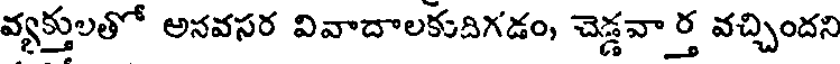
వ్యక్తులతో అనవసర వివాదాలకుదిగడం, చెడ్డవార్త వచ్చిందని